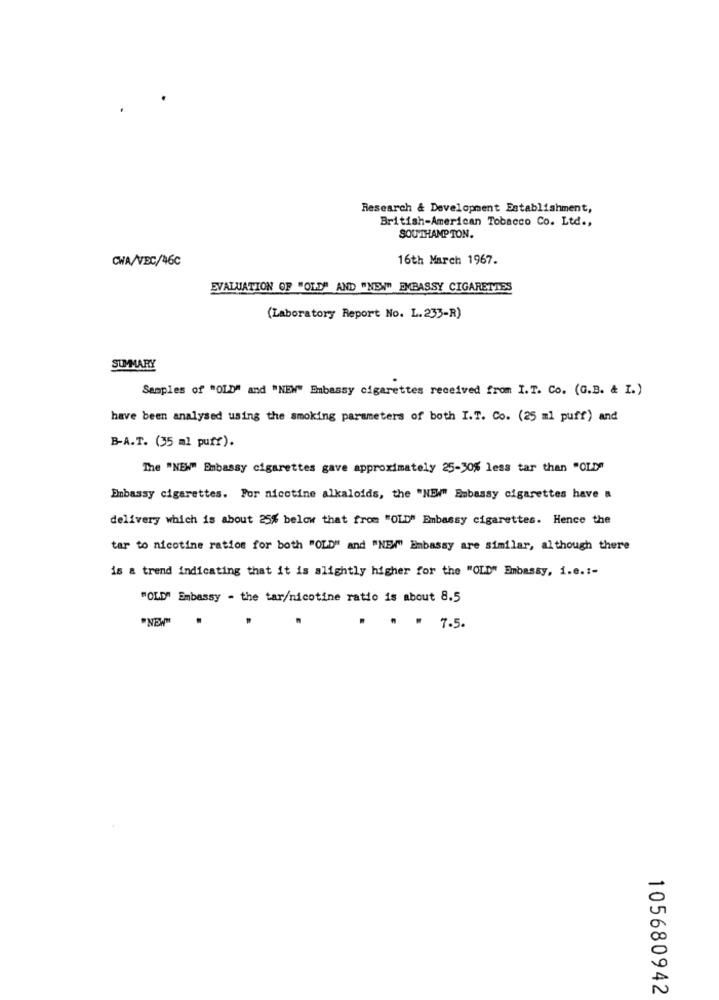
Research & Development Establishment,
British-American Tobacco Co. Ltd .,
SOUTHAMPTON.
16th March 1967.
CWA/VBC/46C
EVALUATION OF "OLD" AND "NEW" EMBASSY CIGARETTES
(Laboratory Report No. L. 233-R)
SUMMARY
Samples of "OLD" and "NEW" Embassy cigarettes received from I.T. Co. (G.B. & I.)
have been analysed using the smoking parameters of both I.T. Co. (25 ml puff) and
B-A.T. (35 ml puff).
The "NEW" Embassy cigarettes gave approximately 25-30% less tar than "OLD"
Embassy cigarettes. For nicotine alkaloids, the "NEW" Embassy cigarettes have a
delivery which is about 25% below that from "OLD" Embassy cigarettes. Hence the
tar to nicotine ratios for both "OLD" and "NEIN" Embassy are similar, although there
is a trend indicating that it is slightly higher for the "OLD" Embassy, i.e .:-
"OLD" Embassy - the tar/nicotine ratio is about 8.5
"NEW"
.
* = 7.5.
105680942